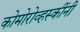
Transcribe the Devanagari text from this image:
कोमोरोव्हस्कींनी